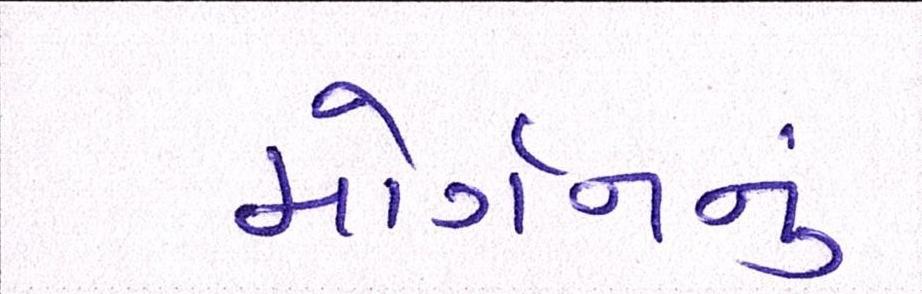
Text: મોર્ગનનું